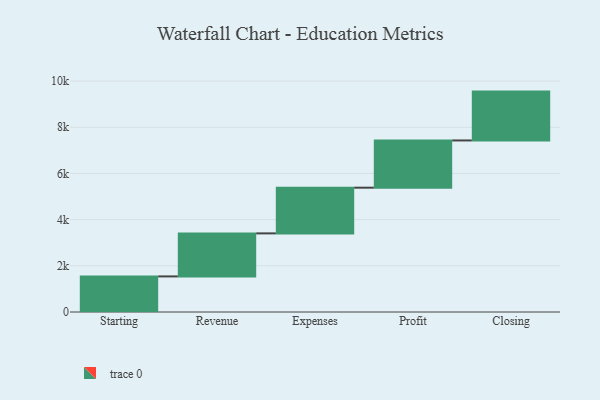
{"axis": {"x": "Step", "y": "Value"}, "legend": [""], "data": [{"x": "Starting", "y": 1541.0, "type": ""}, {"x": "Revenue", "y": 1863.0, "type": ""}, {"x": "Expenses", "y": 1979.0, "type": ""}, {"x": "Profit", "y": 2045.0, "type": ""}, {"x": "Closing", "y": 2115.0, "type": ""}]}